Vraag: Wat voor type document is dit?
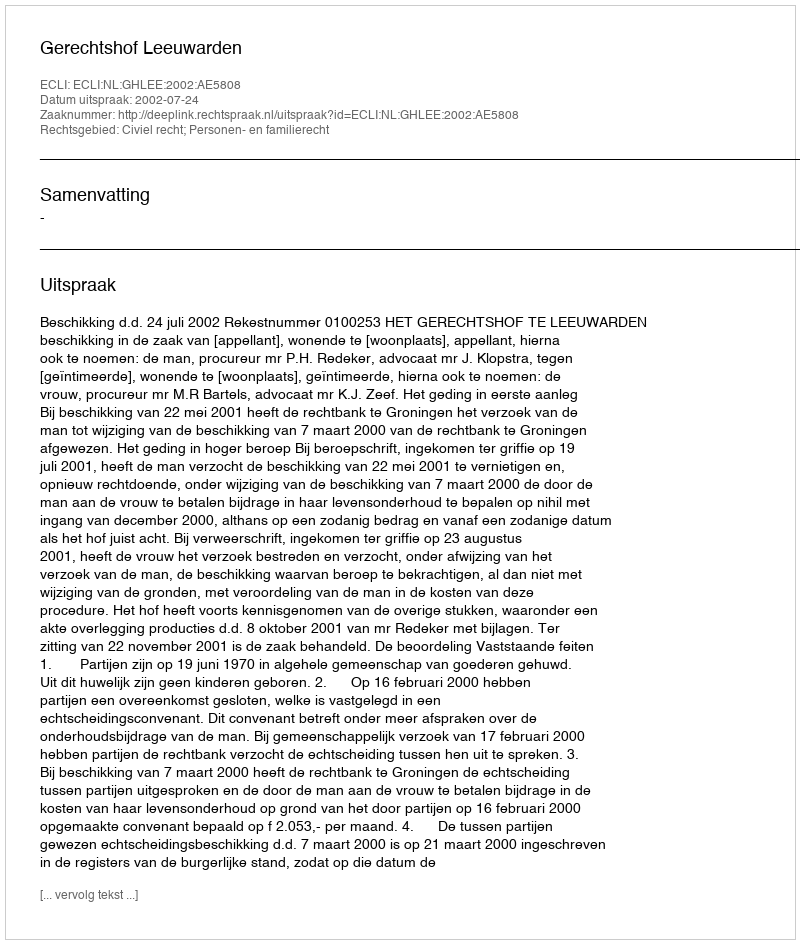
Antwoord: Uitspraak